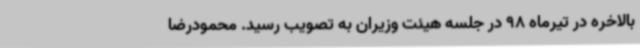
بالاخره در تیرماه 98 در جلسه هیئت وزیران به تصویب رسید. محمودرضا